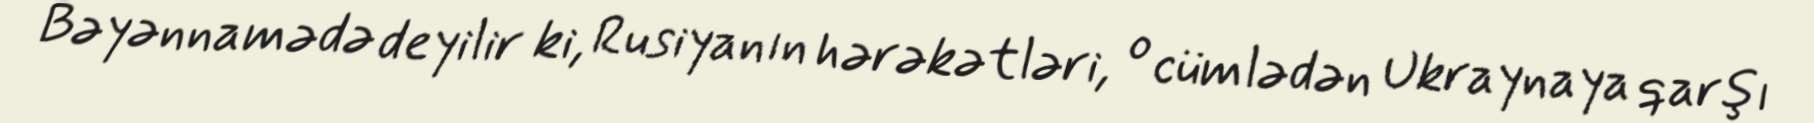
Bəyənnamədə deyilir ki, Rusiyanın hərəkətləri, o cümlədən Ukraynaya qarşı